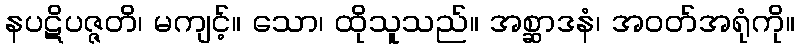
နပဋိပဇ္ဇတိ၊ မကျင့်။ သော၊ ထိုသူသည်။ အစ္ဆာဒနံ၊ အဝတ်အရုံကို။